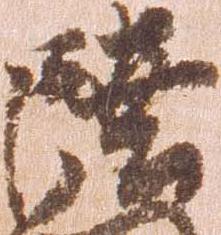
陸